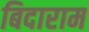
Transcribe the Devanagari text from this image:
बिदाराम